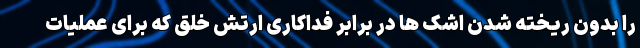
را بدون ریخته شدن اشک ها در برابر فداکاری ارتش خلق که برای عملیات